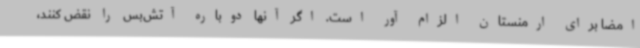
امضا برای ارمنستان الزام آور است. اگر آنها دوباره آتش‌بس را نقض کنند،